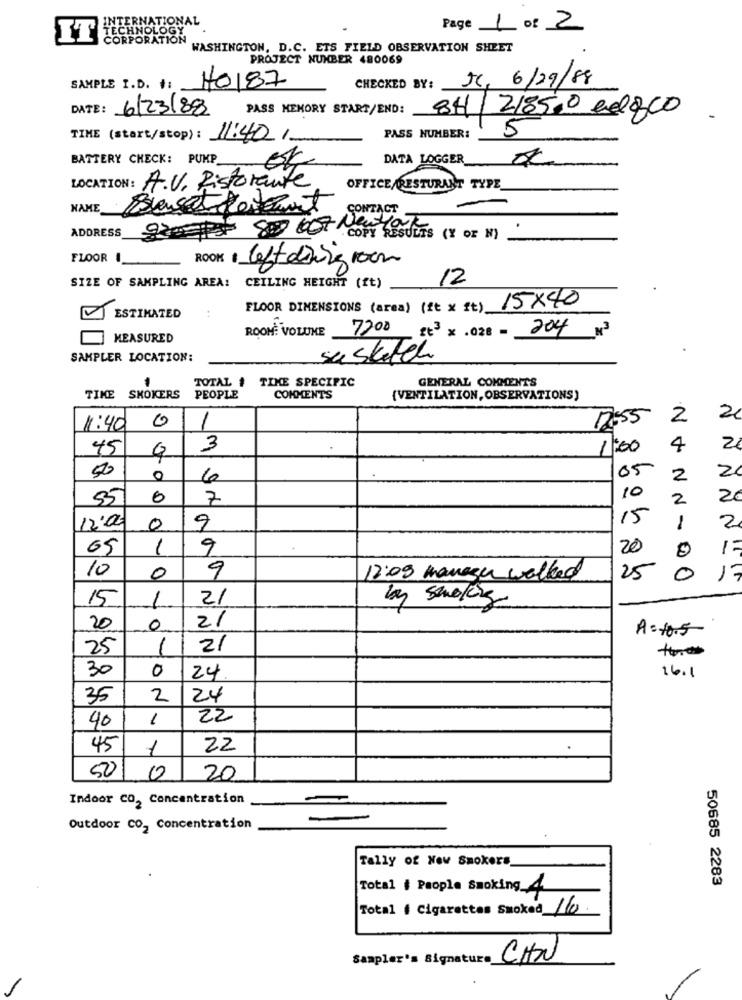
ATIONAL
IT!
TECHNOLOGY
Page 1 of 2
CORPORATION
WASHINGTON, D.C. ETS FIELD OBSERVATION SHEET
PROJECT NUMBER 480069
CHECKED BY: J, 6/29/88
SAMPLE I.D. #:
HO187
DATE: 6/23/88
PASS MEMORY START/END:
8H / 2185.0 ed&co.
5
TIME (start/stop) : 11:40/-
PASS NUMBER:
BATTERY CHECK: PUKP_
DATA LOGGER_
LOCATION : A.V. Ristorante
OFFICE RESTURANT TYPE
NAME
CONTACT
230993 800 667 Newyork
ADDRESS
COPY RESULTS (Y OF N)
FLOOR
ROOK
left diving
12
SIZE OF SAMPLING AREA: CEILING HEIGHT (ft)
15X40
FLOOR DIMENSIONS (area) (ft x ft)_
ESTIMATED
MEASURED
ROOM: VOLUME 7700 gt3 x . 028 -
204 x3
SAMPLER LOCATION:
susketch
TOTAL # TIME SPECIFIC
GENERAL COMMENTS
TIME
SMOKERS
PEOPLE
COMMENTS
{VENTILATION, OBSERVATIONS)
0
15:55
2
2
11:40
1
45
3
1:00
4
2
50
05
2
0
6
2
55
0
7
10
2
26
15
2
12:00
0
9
1
65
1
9
20
1:
10
0
9
12:09 manage worked
25
0
17
15
1
21
by smoking
20
0
2/
A=10.5
25
1
21
30
0
24
16.1
35
2
24
40
1
22
45
1
22
50
0
20
Indoor CO, Concentration
-
Outdoor CO2 Concentration
Tally of New Smokers
50685 2283
Total # People Smoking_4
Total { Cigarettes Smoked 110
Sampler's Signature_
CHN